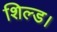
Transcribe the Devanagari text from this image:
शिल्ड।